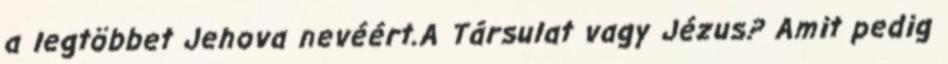
a legtöbbet Jehova nevéért.A Társulat vagy Jézus? Amit pedig